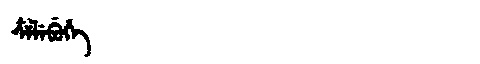
Manchu: ᠴᠶᠯᡝᠪᡠᡥᡝ
Romanization: CYLEBUHE